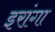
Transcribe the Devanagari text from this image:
इरांगा